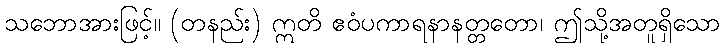
သဘောအားဖြင့်။ (တနည်း) ဣတိ ဧဝံပကာရနာနတ္တတော၊ ဤသို့အတူရှိသော